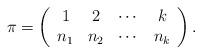
LaTeX: \begin{align*}\pi=\left(\begin{array}{cccc} 1 & 2 & \cdots & k\\ n_1 & n_2 & \cdots & n_k \end{array}\right).\end{align*}